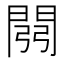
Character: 𲈪